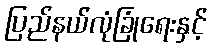
ပြည်နယ်လုံခြုံရေးနှင့်